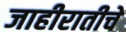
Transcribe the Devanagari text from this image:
जाहीरातीचे